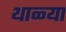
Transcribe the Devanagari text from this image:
थाळ्या